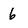
Character: 6